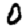
Digit: 0